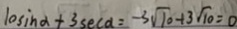
1 0 \sin \alpha + 3 s e c \alpha = - 3 \sqrt { 1 0 } + 3 \sqrt { 1 0 } = 0